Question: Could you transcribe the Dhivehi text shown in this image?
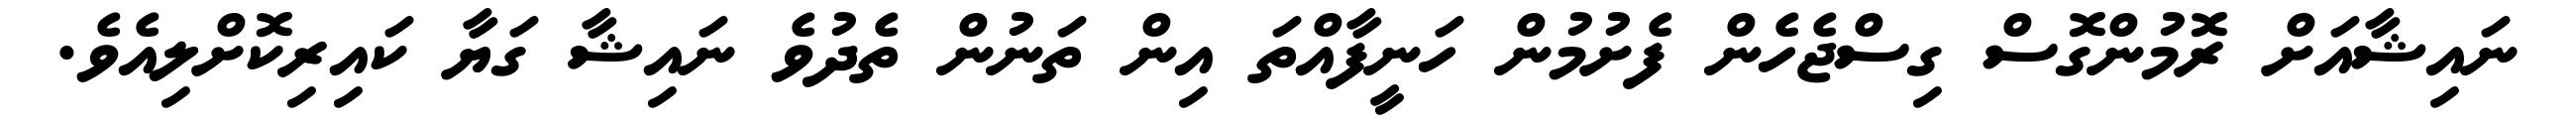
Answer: ނައިޝާއަށް ރޮމުންގޮސް ގިސްޖެހެން ފެށުމުން ހަނީފާއްތަ އިން ތަނުން ތެދުވެ ނައިޝާ ގަޔާ ކައިރިކޮށްލިއެވެ.